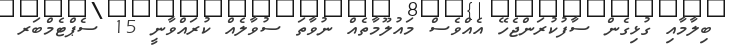
ބިލާމާއި ގުޅިގެން ސާފުކުރަންޖެހޭ އެއްވެސް މައުލޫމާތެއް ނުވާތަ ސުވާލެއް ކުރައްވާނީ 15 ސެޕްޓެމްބަރ